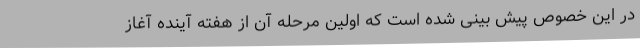
در این خصوص پیش بینی شده است که اولین مرحله آن از هفته آینده آغاز